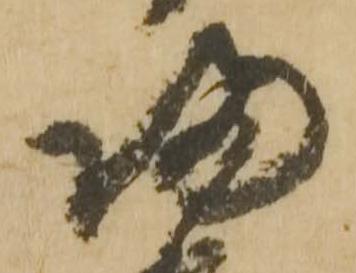
帰